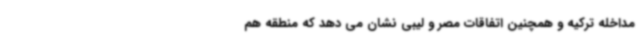
مداخله ترکیه و همچنین اتفاقات مصر و لیبی نشان می دهد که منطقه هم